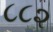
૮૮૨